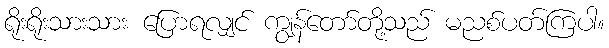
ရိုးရိုးသားသား ပြောရလျှင် ကျွန်တော်တို့သည် မညစ်ပတ်ကြပါ။